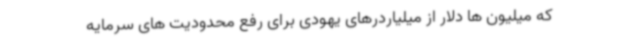
که میلیون ها دلار از میلیاردرهای یهودی برای رفع محدودیت های سرمایه